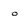
Character: o